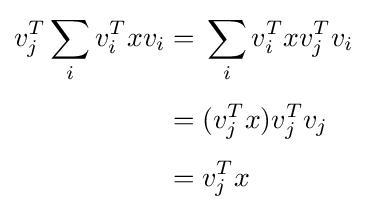
{\begin{aligned}v_{j}^{T}\sum _{i}v_{i}^{T}xv_{i}={}&\sum _{i}v_{i}^{T}xv_{j}^{T}v_{i}\\[4pt]={}&(v_{j}^{T}x)v_{j}^{T}v_{j}\\[4pt]={}&v_{j}^{T}x\end{aligned}}